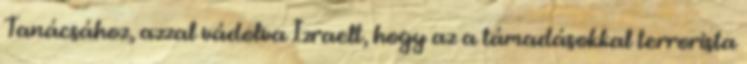
Tanácsához, azzal vádolva Izraelt, hogy az a támadásokkal terrorista